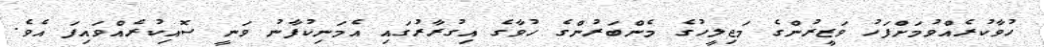
ހުވާކުރެއްވުމަށްފަހު ވަޒީރުންގެ މަޖިލީހުގެ މެންބަރުންގެ ހުވާގެ އިގުރާރުގައި އެމަނިކުފާނު ވަނީ ސޮއިކުރެއްވައިފަ އެވެ.